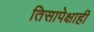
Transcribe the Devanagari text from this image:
तिसापेक्षाही